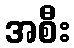
အစီး